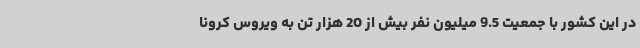
در این کشور با جمعیت 9.5 میلیون نفر بیش از 20 هزار تن به ویروس کرونا